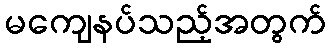
မကျေနပ်သည့်အတွက်